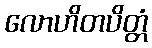
လောဟိတပိတ္တံ